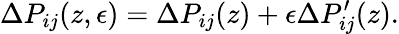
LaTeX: \Delta P_{ij}(z,\epsilon)=\Delta P_{ij}(z)+\epsilon\Delta P_{ij}^{\prime}(z).